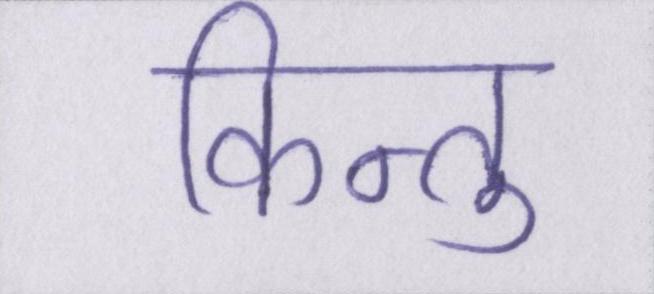
किन्तु